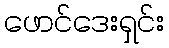
ဖောင်ဒေးရှင်း